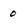
Character: 0